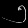
Digit: ၅